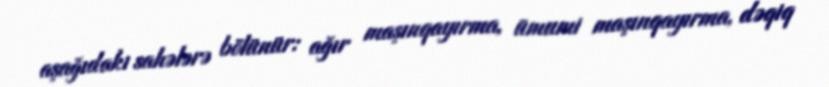
aşağıdakı sahələrə bölünür: ağır maşınqayırma, ümumi maşınqayırma, dəqiq